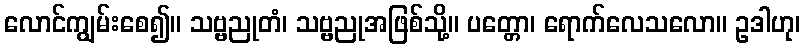
လောင်ကျွမ်းစေ၍။ သဗ္ဗညုတံ၊ သဗ္ဗညုအဖြစ်သို့။ ပတ္တော၊ ရောက်လေသလော။ ဥဒါဟု၊